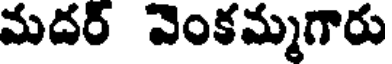
మదర్ వెంకమ్మగారు